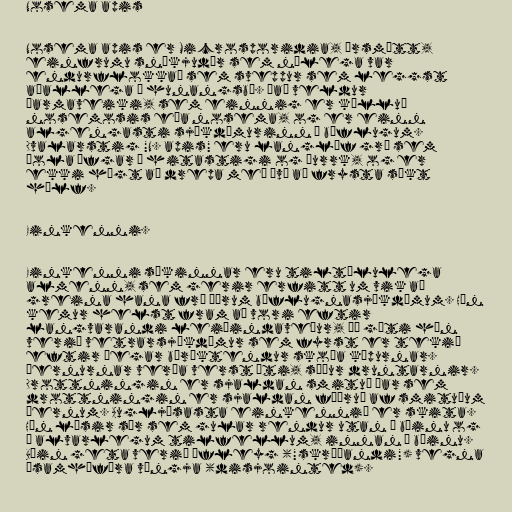
Nosema apis

Nosema apis er Microsporidia, örsmátt,
einfrumu sníkjudýr sem nýlega var
endurflokkað sem sveppur sem leggst
aðallega á hunangsbý. Það veldur
þarmaveiki, sem einnig er kölluð
nosemosis eða nosema, og er einn
algengasti sjúkdómurinn í býflugum.
Dvalarstig "N. apis" eru langlíf gró sem
þola öfgar í hitastigi og þurrk, og er
ekki hægt að drepa með því að frysta sýkt
hólf.

Einkenni.

Einkenni sýkinnar eru tiltölulega
almenn, sem gerir erfitt um vik að
greina hana frá öðrum býflugnasjúkdómum. Hún
kemur helst fram að vori eftir
langvarandi leiðindaveður, þó gæti hún
verið vetrarsjúkdómur sem fyrst er tekið
eftir þegar býræktendur skoða kúpurnar.
Þernurnar verða verst úti, síður druntarnir.
Drottningin er sjaldan smituð þar sem
drottningin er sjaldan fóðruð af smituðum
þernum. Augljósasta einkennið er skita.
Hún lýsir sér sem gular rendur utan á búinu og
í alvarlegum tilfellum, innan í búinu.
Býin geta verið ófleyg ("skríðandi") vegna
ósamhæfðra vængja (disjointed).